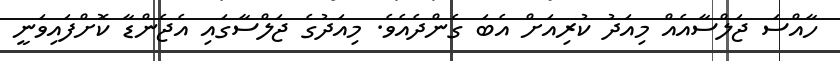
ހާއްސަ ޖަލްސާއެއް މިއަދު ކުރިއަށް އެބަ ގެންދެއެވެ. މިއަދުގެ ޖަލްސާގައި އެޖެންޑާ ކޮށްފައިވަނީ